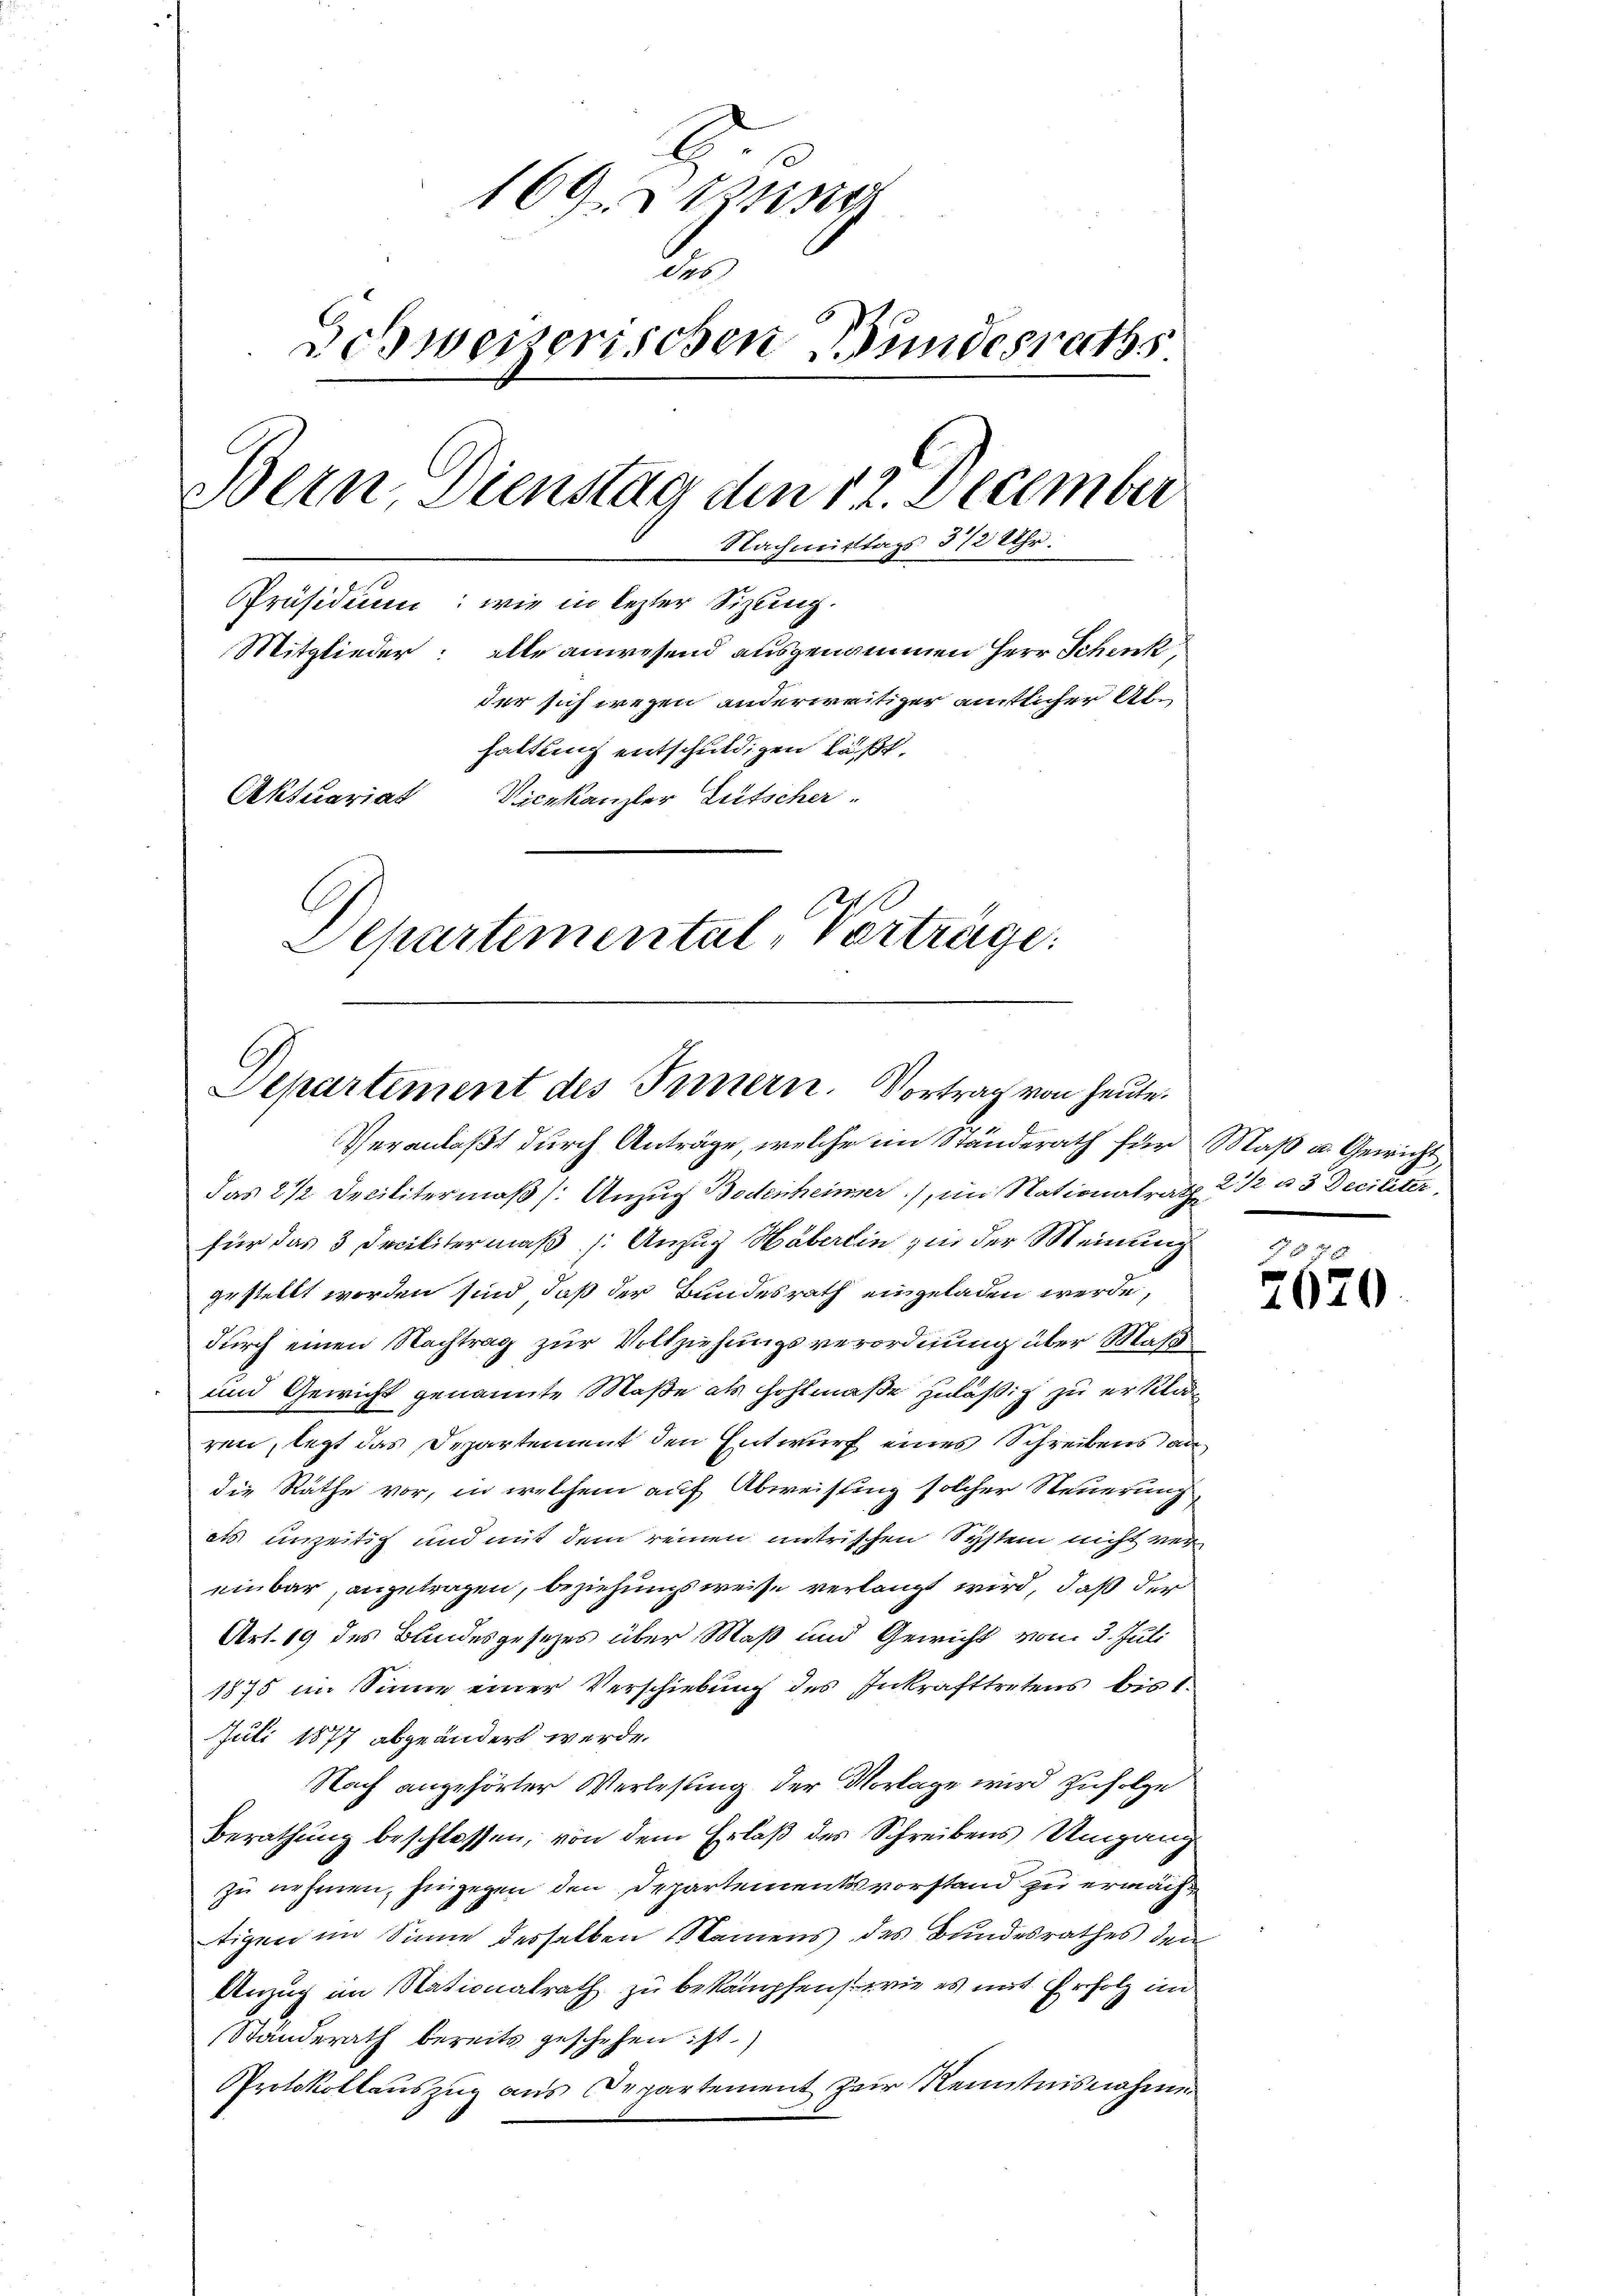
160 sin
de
Beweiserischen Bundesraths
Bern Dienstag den 12. December
Nachmittags 312 Uhr.
Präsidium: wie in lezter Sizung.
Mitglieder: alle anwesend ausgenommen Herr Schenk,
der sich wegen anderweitiger amtlicher Alhaltung entschuldigen läßt.
Aktuariat
Vicekanzler Gütscher
Departemental-Vertrage:

Departement des Innern. Vortrag von heute.

Veranlaßt durch Anträge, welche im Ständerath für Maß u. Gewicht,
das 2 1/2 Decilitermaß /: Anzug Bodenheimer, im Nationalrath 2 1/2 u 3 Deciliter,
für das 3 Decilitermaß /: Anzug Häberlin zu der Meinung
gestellt worden sind, daß der Bundesrath eingeladen werde,
durch einen Nachtrag zur Vollziehungsverordnung über Maß¬
und Gewicht genannte Maße als Hohlmaße zuläßig zu erklär
ren, legt das Departement den Entwurf eines Schreibens an
die Räthe vor, in welchem auf Abweisung solcher Steuerung,
els unzeitig und mit dem reinen nutrischen System nicht ver
einbar, anzutragen, beziehungsweise verlangt wird, daß der
Art. 19 des Bundesgesetzes über Maß und Gewicht vom 3. Juli
1875 im Sinne einer Verschiebung des Inkrafttretens bis 1.
Juli 1877 abgeändert werde.
Nach angehörter Verlesung der Vorlage wird zufolge
Berathŭng beschlossen, von dem Erlaβ des Schreibens Umgang
zu nehmen, hingegen den Departementsvorstand zu ermächt
tigen im Sinne desselben Namens des Bundesrathes den
Anzug im Stationalrath zu bekämpfen wie es mit Erfolg im
Ständerath bereits geschehen ist.)
Protokollauszug aus Departement zur Kenntnisnahmen

260